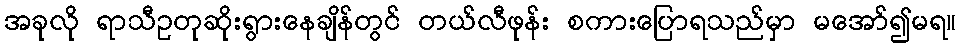
အခုလို ရာသီဥတုဆိုးရွားနေချိန်တွင် တယ်လီဖုန်း စကားပြောရသည်မှာ မအော်၍မရ။